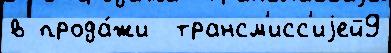
в прода́жи  трансм'исс'иjей9